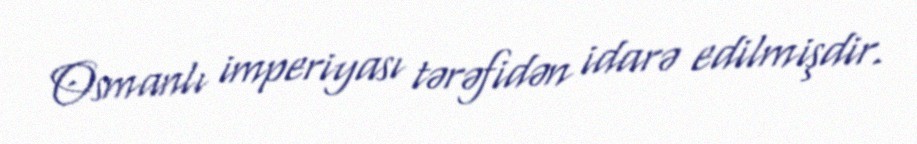
Osmanlı imperiyası tərəfidən idarə edilmişdir.